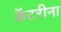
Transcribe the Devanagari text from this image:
कॅटरीना